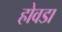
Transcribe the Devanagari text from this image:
होवडा